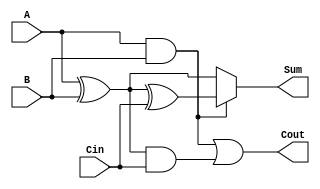
module ConditionalSumFullAdder (
    input  wire A,     // 1-bit binary input
    input  wire B,     // 1-bit binary input
    input  wire Cin,   // 1-bit carry input
    output wire Sum,   // 1-bit output for sum
    output wire Cout   // 1-bit output for carry-out
);

    // Intermediate signals for sum and carry
    wire S1, S2;
    wire C1, C2;

    // Compute S1 and C1 assuming Cin = 0
    assign S1 = A ^ B;          // S1 = A XOR B
    assign C1 = A & B;          // C1 = A AND B
    
    // Compute S2 and C2 considering Cin
    assign S2 = S1 ^ Cin;       // S2 = S1 XOR Cin
    assign C2 = S1 & Cin;       // C2 = S1 AND Cin

    // Final Sum output using multiplexer
    assign Sum = C1 ? S2 : S1;  // If C1 is true, select S2; else select S1

    // Final Carry-out output
    assign Cout = C1 | C2;      // Cout = C1 OR C2

endmodule